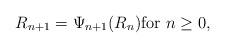
LaTeX: \begin{align*} R_{n+1} = \Psi_{n+1}(R_n) \mbox{for }n \geq 0, \end{align*}